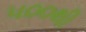
૫૦૦થી